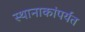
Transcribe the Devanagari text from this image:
स्थानाकांपर्यंत